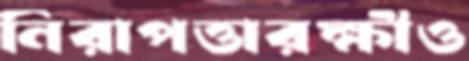
নিরাপত্তারক্ষীও